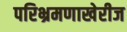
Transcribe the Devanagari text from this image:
परिभ्रमणाखेरीज